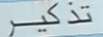
تذكر